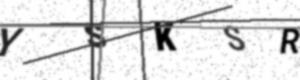
Text: YSKSR